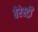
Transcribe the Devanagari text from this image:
बेरेस्ट्री